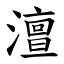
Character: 澶